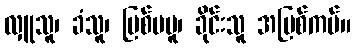
လှူသူ၊ ခံသူ၊ ပြစ်မမူ၊ ခိုင်းသူ အပြစ်ကပ်။